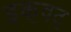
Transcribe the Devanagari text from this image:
इक॒वट॒